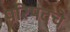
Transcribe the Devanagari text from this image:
परिषदचे